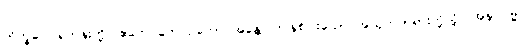
ဘိက္ခဝေ၊ ရဟန်းတို့။ ဧတေ တေ ဥဘော အန္တေ၊ ဤနှစ်ပါးသော အယုတ်တရားတို့သို့။ အနုပဂမ္မ၊